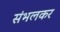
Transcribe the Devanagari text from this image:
संभलकर